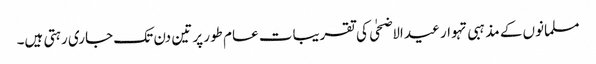
مسلمانوں کے مذہبی تہوار عید الاضحٰی کی تقریبات عام طور پر تین دن تک جاری رہتی ہیں۔